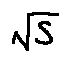
\sqrt { s }